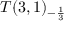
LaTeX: T ( 3 , 1 ) _ { - { \frac { 1 } { 3 } } }